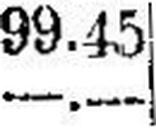
—.—